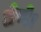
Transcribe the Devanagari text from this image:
लेग्गे।